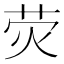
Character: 荧